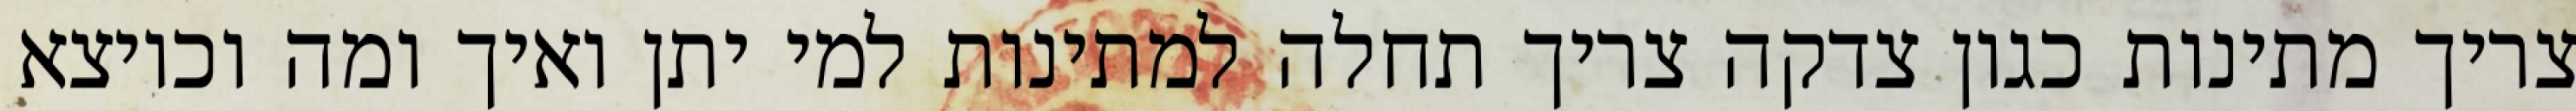
צריך מתינות כגון צדקה צריך תחלה למתינות למי יתן ואיך ומה וכיוצא